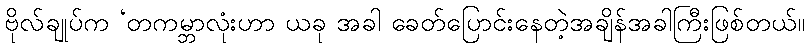
ဗိုလ်ချုပ်က ‘တကမ္ဘာလုံးဟာ ယခု အခါ ခေတ်ပြောင်းနေတဲ့အချိန်အခါကြီးဖြစ်တယ်။